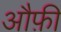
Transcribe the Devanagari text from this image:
औफ़ी